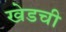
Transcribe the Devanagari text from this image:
खेडची